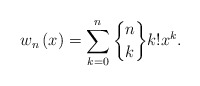
\begin{align*}w_{n}\left( x\right) =\sum_{k=0}^{n}\genfrac{\{}{\}}{0pt}{}{n}{k}k!x^{k}. \end{align*}